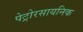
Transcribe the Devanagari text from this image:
पेट्रोरसायनिक